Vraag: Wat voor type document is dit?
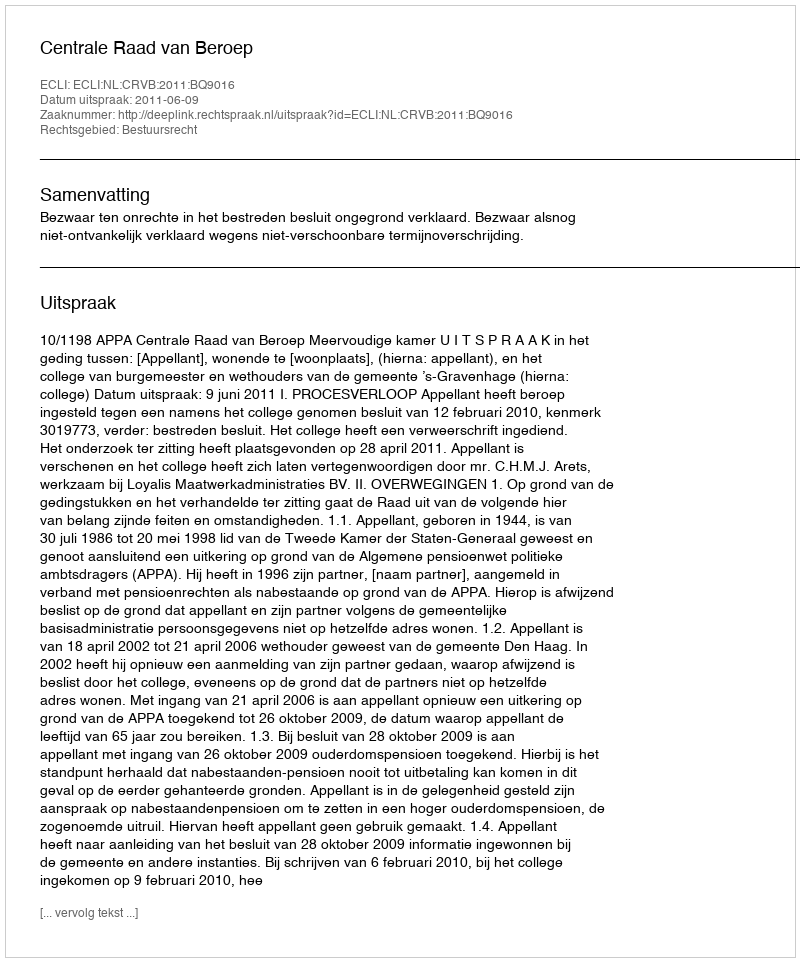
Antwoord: Uitspraak